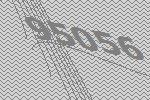
95056